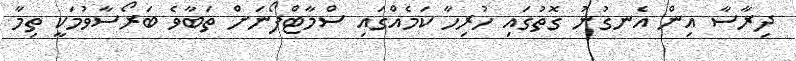
ދިރާސާ އިން އެނގުނު ގޮތުގައި ހުރިހާ ކަމެއްގައި ސްމާޓްފޯނަށް ތަބާވެ ބަރޯސާވުމަކީ ތިމާ